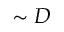
\sim D